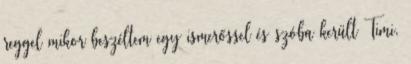
reggel mikor beszéltem egy ismerőssel és szóba került Timi,